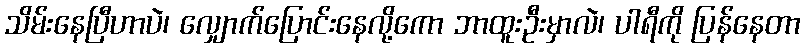
သိမ်းနေပြီဟာပဲ၊ လျှောက်ပြောင်းနေလို့ကော ဘာထူးဦးမှာလဲ၊ ပါရီကို ပြန်နေတာ